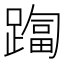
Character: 𨄑